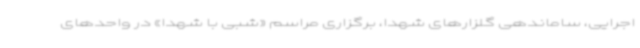
اجرایی، ساماندهی گلزارهای شهدا، برگزاری مراسم «شبی با شهدا» در واحدهای